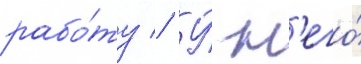
рабо́ту // У́ н'его́